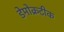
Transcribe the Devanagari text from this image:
डेमोक्रटीक